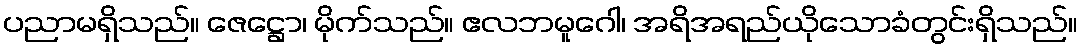
ပညာမရှိသည်။ ဇေဋ္ဌော၊ မိုက်သည်။ ဧလဘမူဂေါ၊ အရိအရည်ယိုသောခံတွင်းရှိသည်။